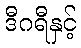
ဒီဂရီနှင့်